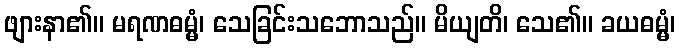
ဖျားနာ၏။ မရဏဓမ္မံ၊ သေခြင်းသဘောသည်။ မိယျတိ၊ သေ၏။ ခယဓမ္မံ၊